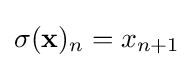
\sigma (\mathbf {x} )_{n}=x_{n+1}